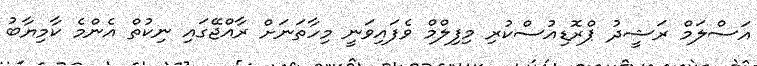
އަސްލަމް ރަޝީދު ޕްރޮޑިއުސްކުރި މިފިލްމް ވެފައިވަނީ މިހާތަނަށް ރާއްޖޭގައި ނިކުތް އެންމެ ކާމިޔާބު